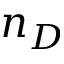
n _ { D }